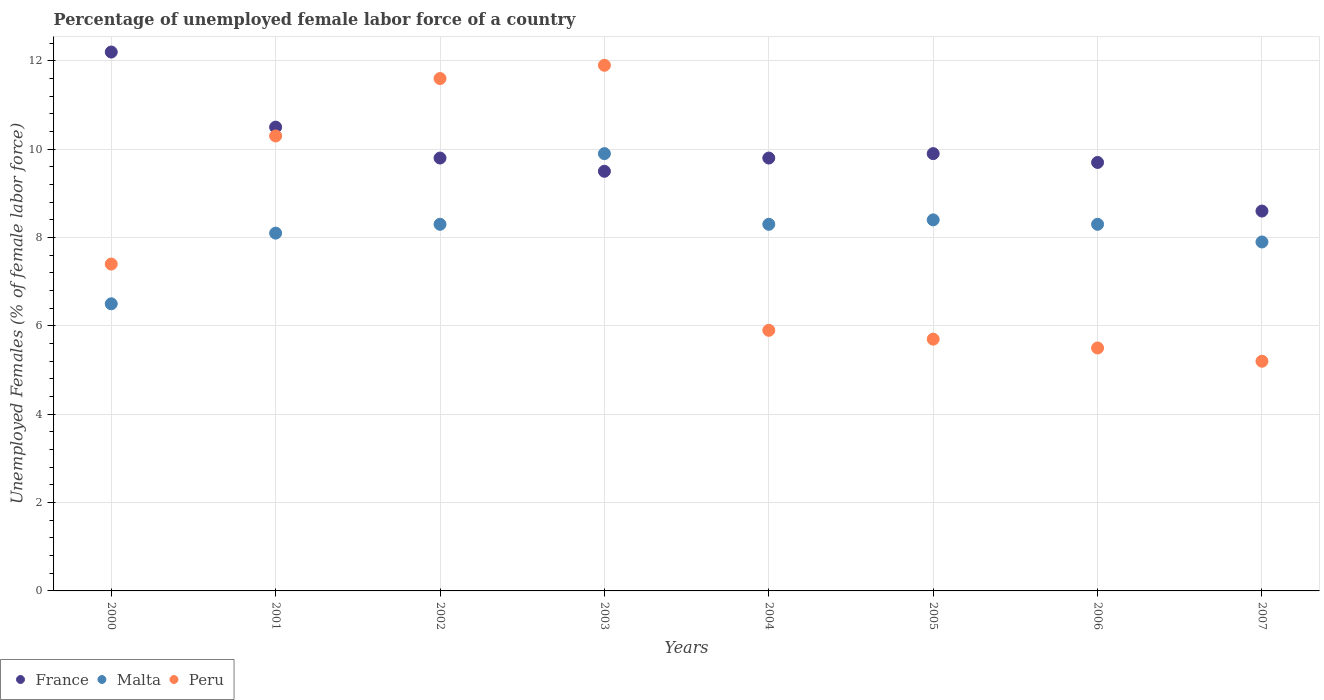
| Years | France | Malta | Peru |
 | --- | --- | --- | --- |
 | 2000 | 12.2 | 6.5 | 7.4 |
 | 2001 | 10.5 | 8.1 | 10.3 |
 | 2002 | 9.8 | 8.3 | 11.6 |
 | 2003 | 9.5 | 9.9 | 11.9 |
 | 2004 | 9.8 | 8.3 | 5.9 |
 | 2005 | 9.9 | 8.4 | 5.7 |
 | 2006 | 9.7 | 8.3 | 5.5 |
 | 2007 | 8.6 | 7.9 | 5.2 |